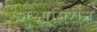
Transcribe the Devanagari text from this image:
मुआसिरीन